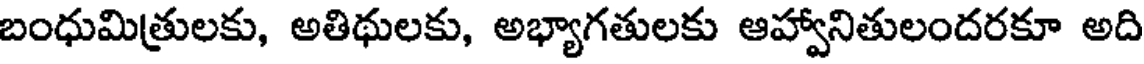
బంధుమిత్రులకు, అతిథులకు, అభ్యాగతులకు ఆహ్వానితులందరకూ అది